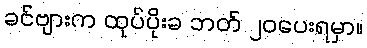
ခင်ဗျားက ထုပ်ပိုးခ ဘတ် ၂၀ပေးရမှာ။